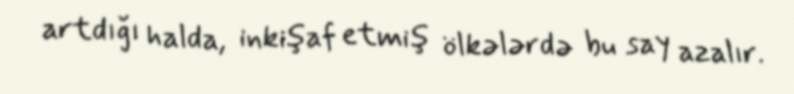
artdığı halda, inkişaf etmiş ölkələrdə bu say azalır.